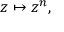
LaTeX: z \mapsto z ^ { n } ,